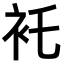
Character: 𧘐